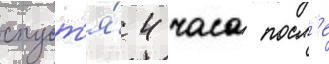
спуст'я́ 4 часа посл'е